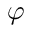
\varphi